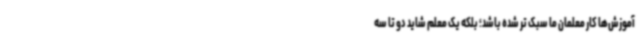
آموزش‌ها کار معلمان ما سبک تر شده باشد؛ بلکه یک معلم شاید دو تا سه